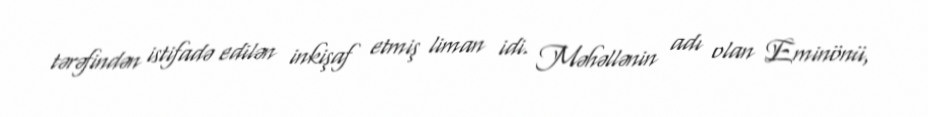
tərəfindən istifadə edilən inkişaf etmiş liman idi. Məhəllənin adı olan Eminönü,